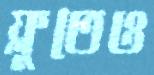
ফ্লুতেও